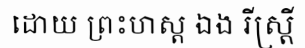
ដោយ ព្រះហស្ត ឯង រីស្ត្រី